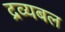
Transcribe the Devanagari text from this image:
द्रव्यबल